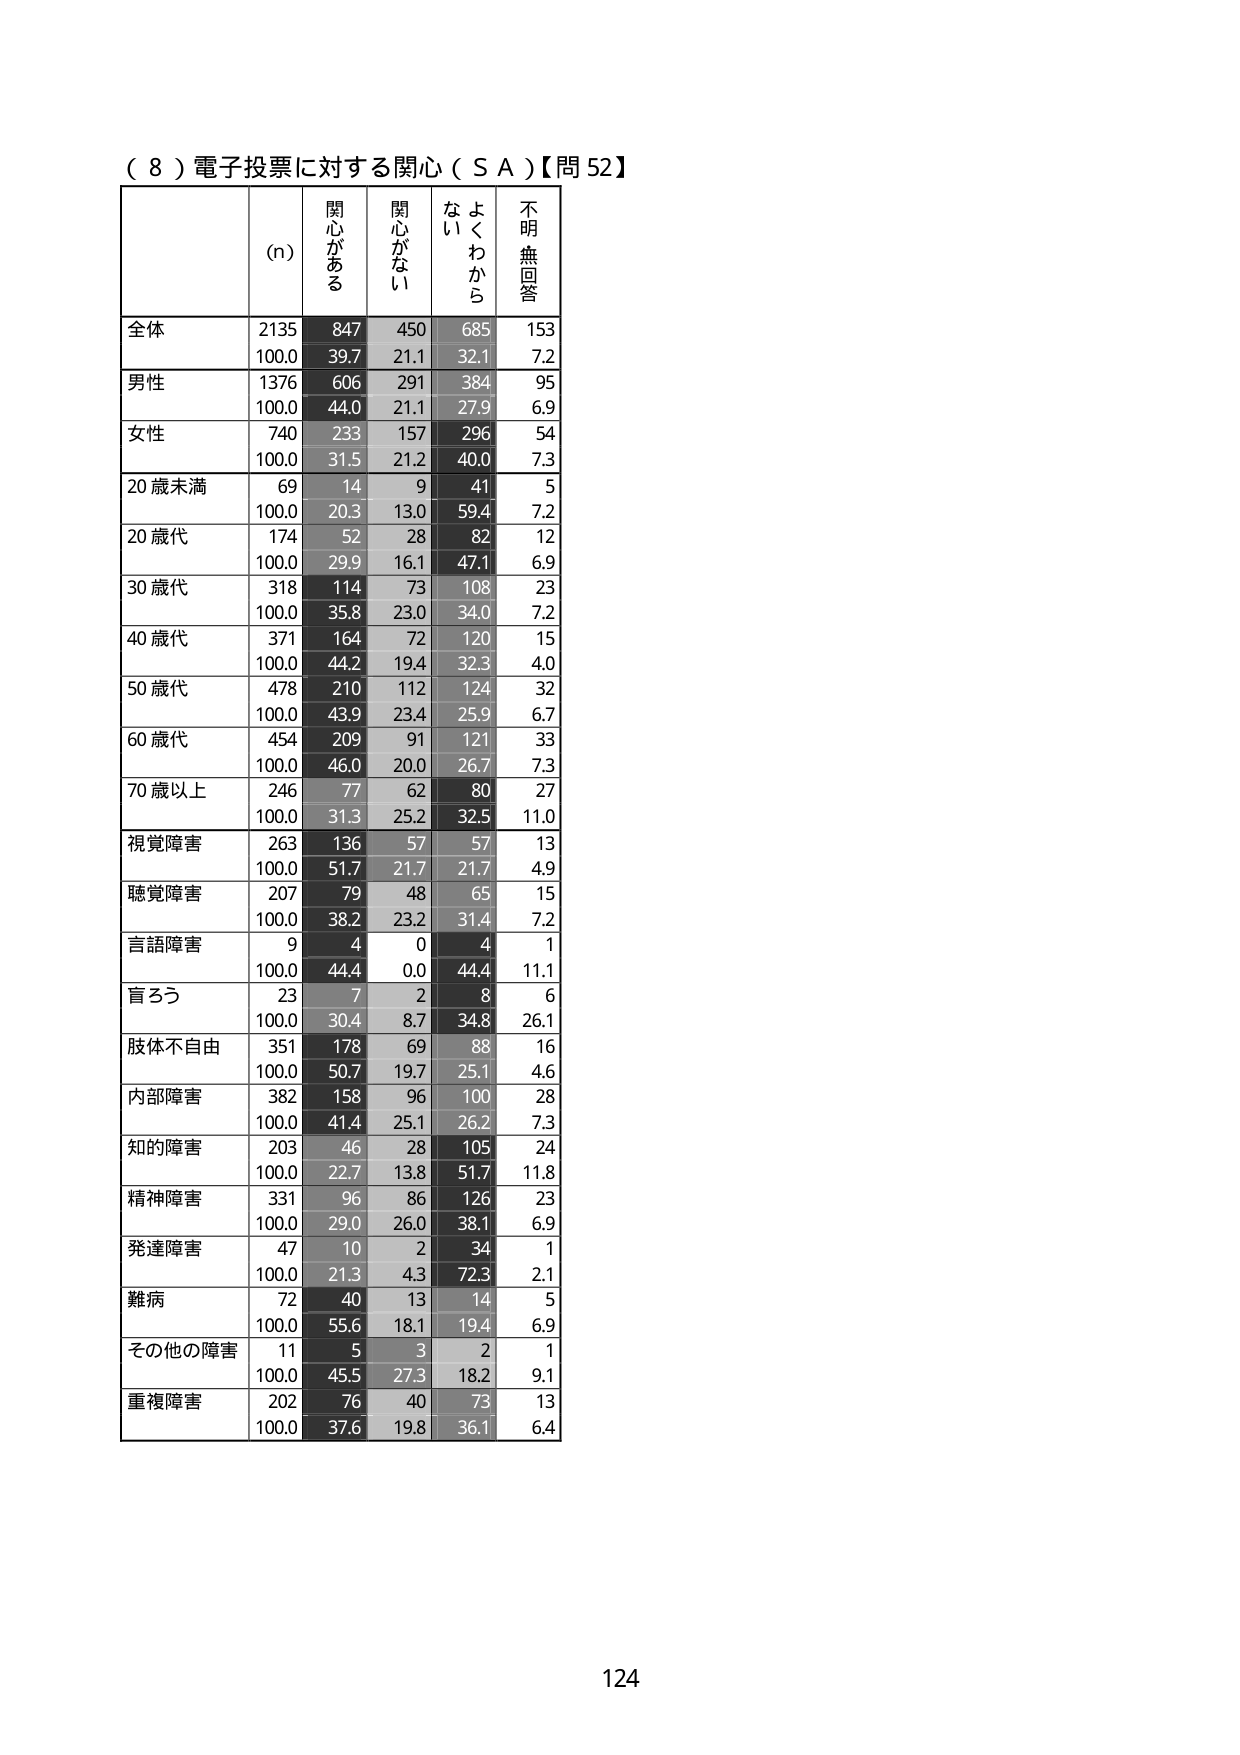
（８）電子投票に対する関心（ＳＡ）【問52】

(n) 関心がある 関心がない よくわから ない 不明・無回答

全体 2135 847 450 685 153
100.0 39.7 21.1 32.1 7.2

男性 1376 606 291 384 95
100.0 44.0 21.1 27.9 6.9

女性 740 233 157 296 54
100.0 31.5 21.2 40.0 7.3

20歳未満 69 14 9 41 5
100.0 20.3 13.0 59.4 7.2

20歳代 174 52 28 82 12
100.0 29.9 16.1 47.1 6.9

30歳代 318 114 73 108 23
100.0 35.8 23.0 34.0 7.2

40歳代 371 164 72 120 15
100.0 44.2 19.4 32.3 4.0

50歳代 478 210 112 124 32
100.0 43.9 23.4 25.9 6.7

60歳代 454 209 91 121 33
100.0 46.0 20.0 26.7 7.3

70歳以上 246 77 62 80 27
100.0 31.3 25.2 32.5 11.0

視覚障害 263 136 57 57 13
100.0 51.7 21.7 21.7 4.9

聴覚障害 207 79 48 65 15
100.0 38.2 23.2 31.4 7.2

言語障害 9 4 0 4 1
100.0 44.4 0.0 44.4 11.1

盲ろう 23 7 2 8 6
100.0 30.4 8.7 34.8 26.1

肢体不自由 351 178 69 88 16
100.0 50.7 19.7 25.1 4.6

内部障害 382 158 96 100 28
100.0 41.4 25.1 26.2 7.3

知的障害 203 46 28 105 24
100.0 22.7 13.8 51.7 11.8

精神障害 331 96 86 126 23
100.0 29.0 26.0 38.1 6.9

発達障害 47 10 2 34 1
100.0 21.3 4.3 72.3 2.1

難病 72 40 13 14 5
100.0 55.6 18.1 19.4 6.9

その他の障害 11 5 3 2 1
100.0 45.5 27.3 18.2 9.1

重複障害 202 76 40 73 13
100.0 37.6 19.8 36.1 6.4

124